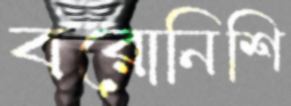
বরোনিশি